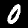
Label: 0